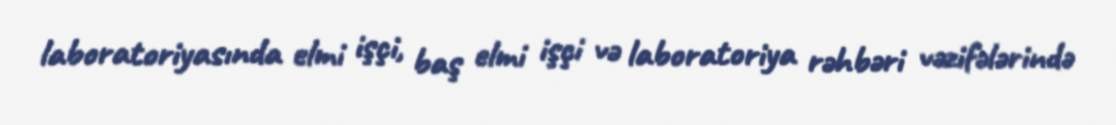
laboratoriyasında elmi işçi, baş elmi işçi və laboratoriya rəhbəri vəzifələrində